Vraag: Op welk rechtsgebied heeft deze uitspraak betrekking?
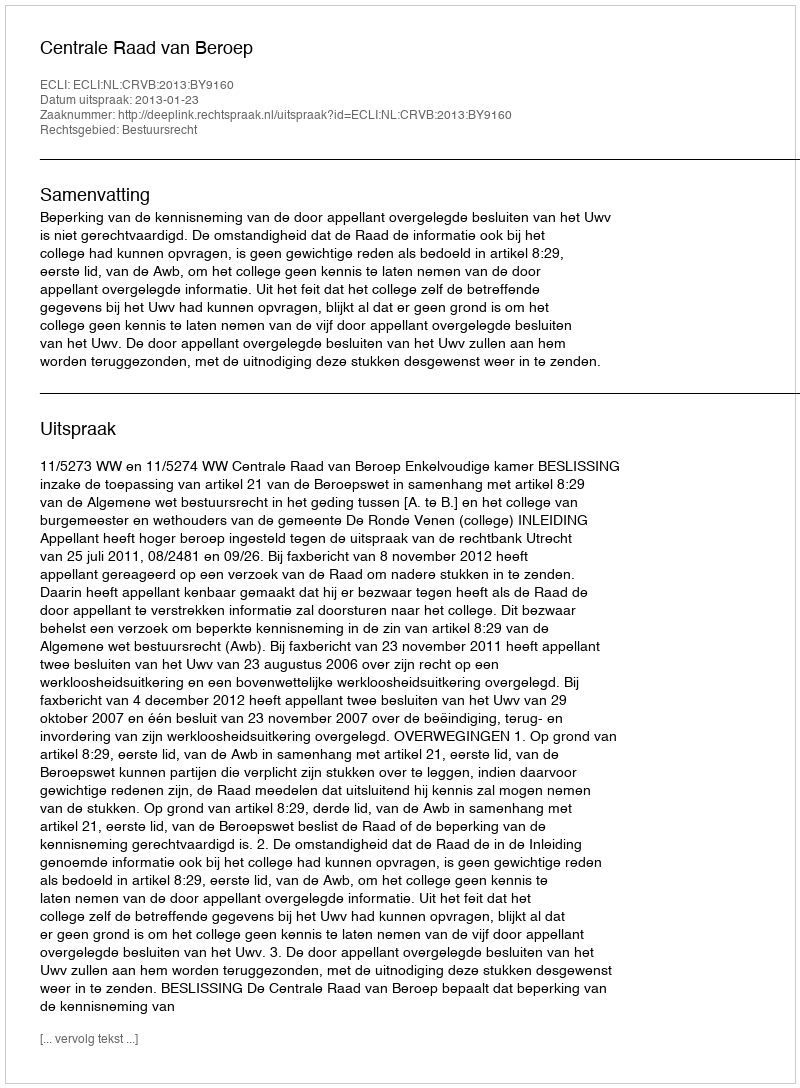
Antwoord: Bestuursrecht